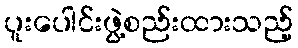
ပူးပေါင်းဖွဲ့စည်းထားသည့်